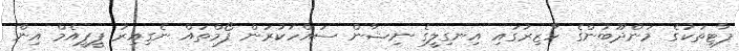
ޕާޓީތަކުގެ މަންދޫބުންގެ ހާޒިރުގައި އިނގިލީގެ ނިޝާން ސައްހަކުރަން ފޯމްތައް ނެގިއިރު ޕީޕީއެމް އިން